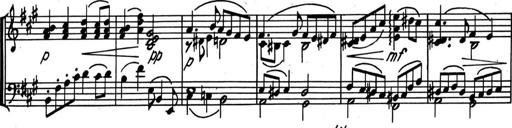
Title: Kleine Sonate
Composer: Raoul Koczalski
Key: C major